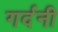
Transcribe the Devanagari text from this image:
गर्दनी